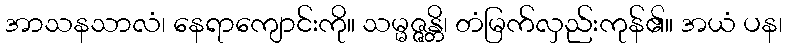
အာသနသာလံ၊ နေရာကျောင်းကို။ သမ္မဇ္ဇန္တိ၊ တံမြက်လှည်းကုန်၏။ အယံ ပန၊